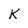
Character: K